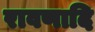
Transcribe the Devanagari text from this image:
रावणादि